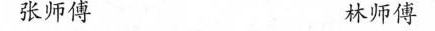
张师傅 林师傅